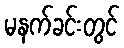
မနက်ခင်းတွင်